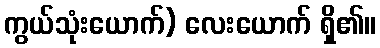
ကွယ်သုံးယောက်) လေးယောက် ရှိ၏။